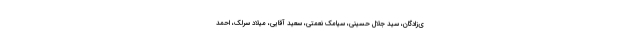
ی‌زادگان، سید جلال حسینی، سیامک نعمتی، سعید آقایی، میلاد سرلک، احمد